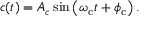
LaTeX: c ( t ) = A _ { c } \sin \left( \omega _ { \mathrm { c } } t + \phi _ { \mathrm { c } } \right) .